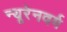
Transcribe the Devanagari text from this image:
न्यूरेनवर्ग